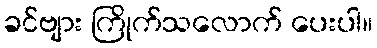
ခင်ဗျား ကြိုက်သလောက် ပေးပါ။